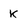
Character: K